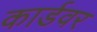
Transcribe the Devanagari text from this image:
कार्डवर